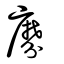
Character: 𪎕